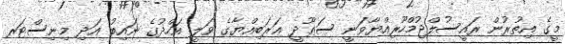
މީގެ އިތުރުން ރައީސުލްޖުމްހޫރިއްޔާވަނީ ސަޢޫދީ ޢަރަބިއްޔާގެ ވަލީ އަހްދުގެ ނައިބު އަދި މިނިސްޓަރ